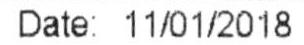
DATE: 11/01/2018